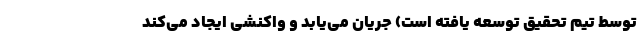
توسط تیم تحقیق توسعه یافته است) جریان می‌یابد و واکنشی ایجاد می‌کند